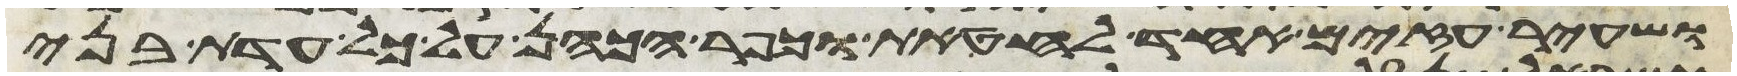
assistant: ושעיר עזים אחד לחטאת וכפר הכהן על כל עדת בני